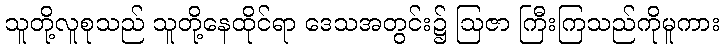
သူတို့လူစုသည် သူတို့နေထိုင်ရာ ဒေသအတွင်း၌ ဩဇာ ကြီးကြသည်ကိုမူကား